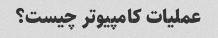
عملیات کامپیوتر چیست؟